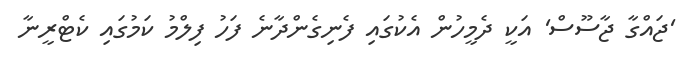
'ޖައްގާ ޖާސޫސް' އަކީ ދެމީހުން އެކުގައި ފެނިގެންދާނެ ފަހު ފިލްމު ކަމުގައި ކެޓްރީނާ